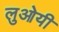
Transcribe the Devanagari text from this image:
लुओयी